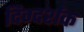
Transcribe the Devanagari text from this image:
दिग्‍दर्शक